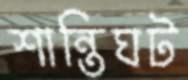
শান্তিঘট